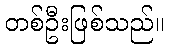
တစ်ဦးဖြစ်သည်။